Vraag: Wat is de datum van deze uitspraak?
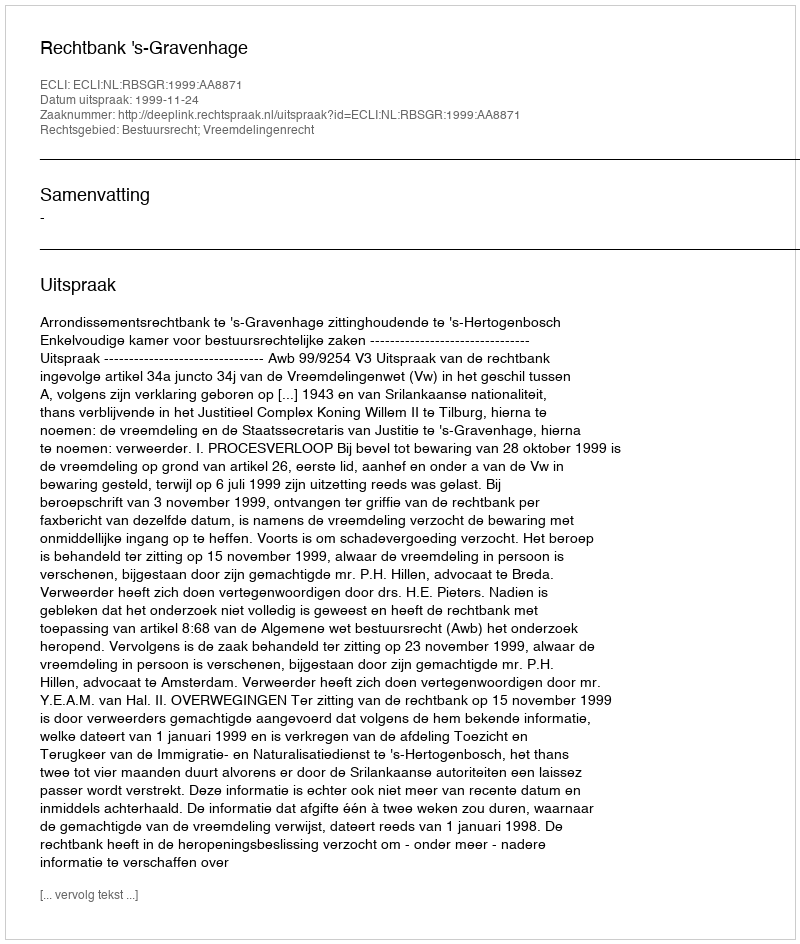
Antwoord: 1999-11-24